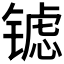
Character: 𮣶